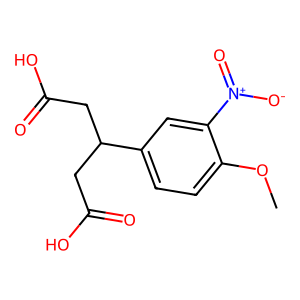
SMILES: COc1ccc(C(CC(=O)O)CC(=O)O)cc1[N+](=O)[O-]
Inhibits HIV replication: No